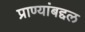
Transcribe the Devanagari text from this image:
प्राण्यांबद्दल